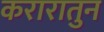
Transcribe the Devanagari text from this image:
करारातुन